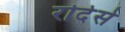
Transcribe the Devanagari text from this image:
रोदेसे